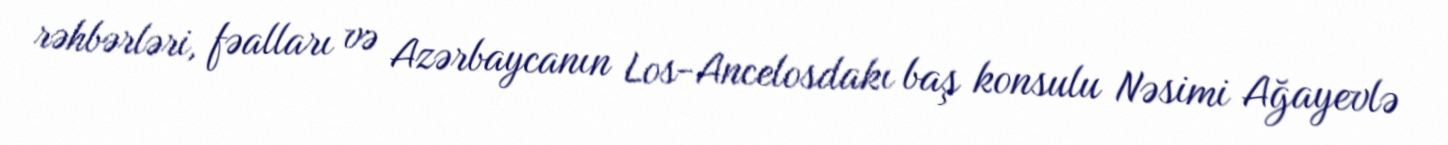
rəhbərləri, fəalları və Azərbaycanın Los-Ancelosdakı baş konsulu Nəsimi Ağayevlə